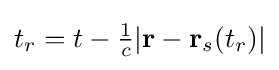
{\textstyle t_{r}=t-{\frac {1}{c}}|\mathbf {r} -\mathbf {r} _{s}(t_{r})|}